Riigikantselei, lk 131
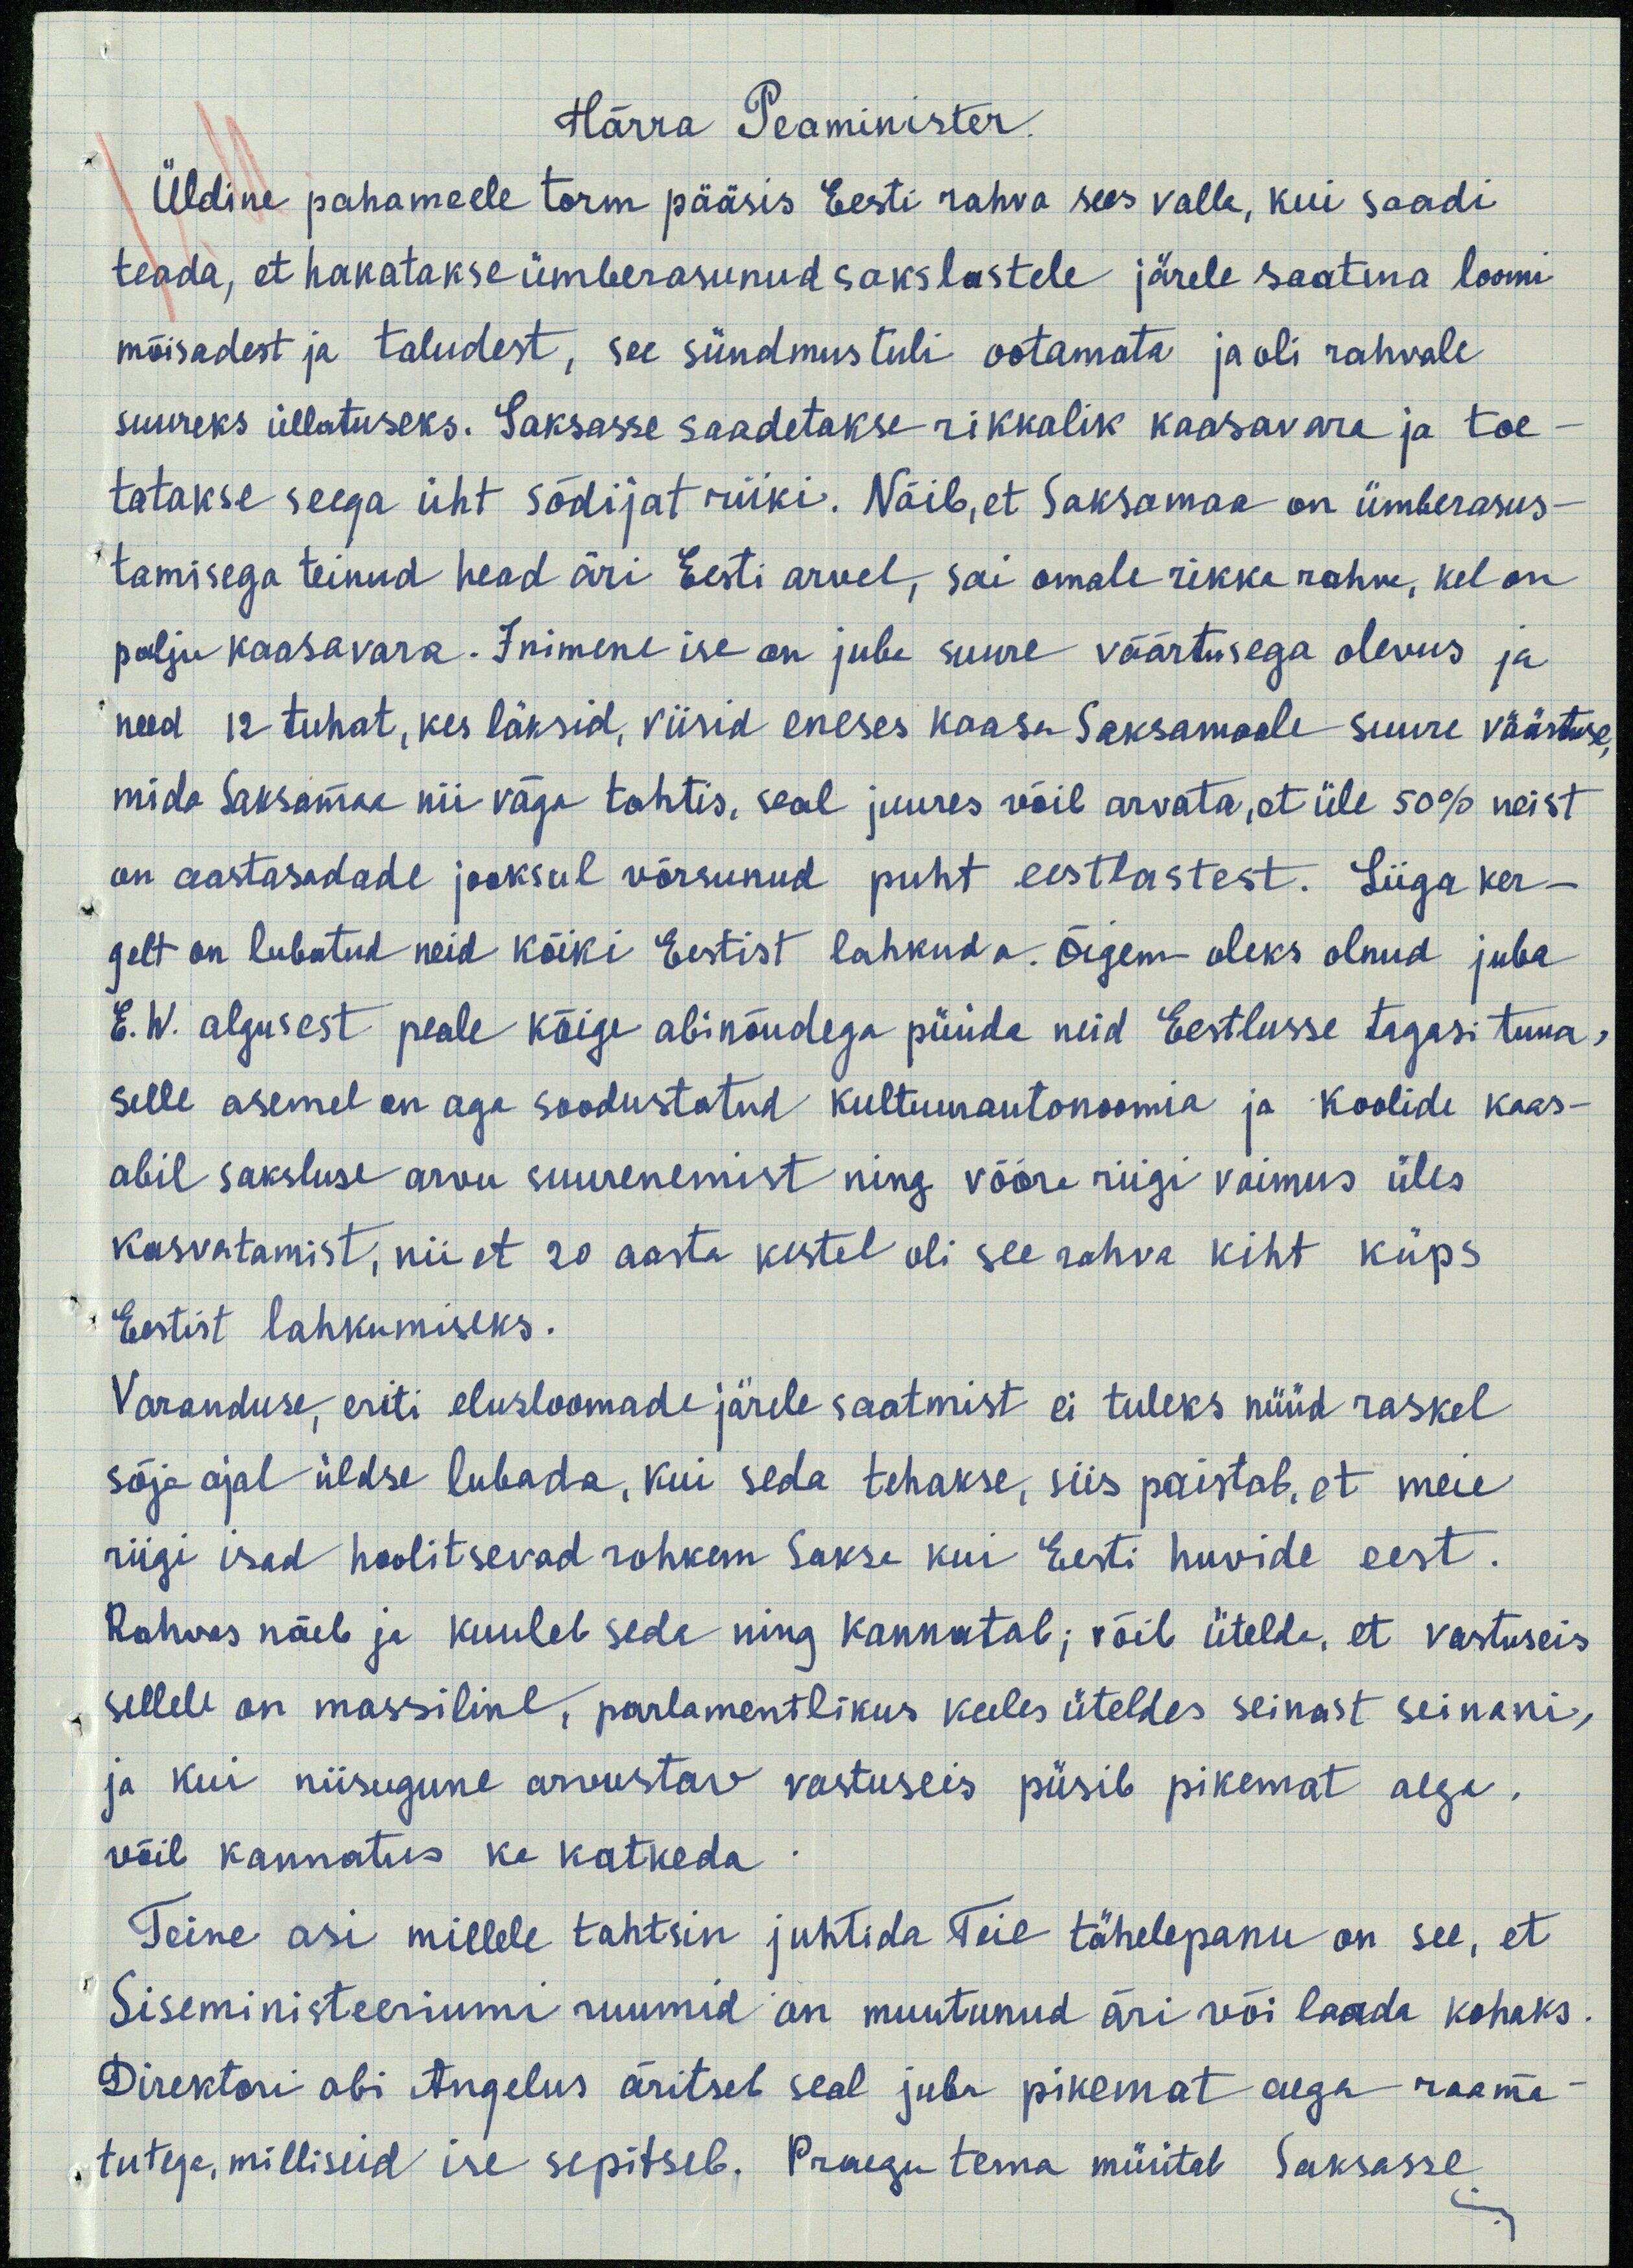
Härra Peaminister.
Üldine pahameele torm pääsis Eesti rahva sees valla, kui saadi
teada, et hakatakse ümberasunud sakslastele järele saatma loomi
mõisadest ja taludest, see sündmus tuli ootamata ja oli rahvale
suureks üllatuseks. Saksasse saadetakse rikkalik kaasavara ja toe-
tatakse seega üht sõdijat riiki. Näib, et Saksamaa on ümberasus-
tamisega teinud head äri Eesti arvel, sai omale rikka rahva, kel on
palju kaasavara. Inimene ise on juba suure väärtusega olevus ja
need 12 tuhat, kes läksid, viisid eneses kaasa Saksamaale suure väärtuse
mida Saksamaa nii väga tahtis, seal juures võib arvata, et üle 50% neist
on aastasadade jooksul võrsunud puht eestlastest. Liiga ker-
gelt on lubatud neid kõiki Eestist lahkuda. Õigem oleks olnud juba
E.W. algusest peale kõige abinõudega püüda neid Eestlusse tagasi tuua,
selle asemel on aga soodustatud kultuurautonoomia ja koolide kaas-
abil saksluse arvu suurenemist ning vööra riigi vaimus üles
kasvatamist, nii et 20 aasta kestel oli see rahva kiht küps
Eestist lahkumiseks.
Varanduse, eriti elusloomade järele saatmist ei tuleks nüüd raskel
sõja ajal üldse lubada, kui seda tehakse, siis paistab, et meie
riigi isad hoolitsevad rohkem Saksa kui Eesti huvide eest.
Rahvas näeb ja kuuleb seda ning kannutab; võib ütelda, et vastuseis
sellele on massiline, parlamentlikus keeles üteldes seinast seinani,
ja kui niisugune arvustav vastuseis püsib pikemat aega,
võib kannatus ka katkeda.
Teine asi millele tahtsin juhtida Teie tähelepanu on see, et
Siseministeeriumi ruumid on muutunud äri või laada kohaks.
Direktori abi Angelus äritsel seal juba pikemat aega raama-
tutega, milliseid ise sepitseb. Praegu tema müütab Saksasse